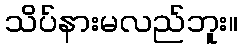
သိပ်နားမလည်ဘူး။